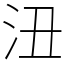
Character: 沑